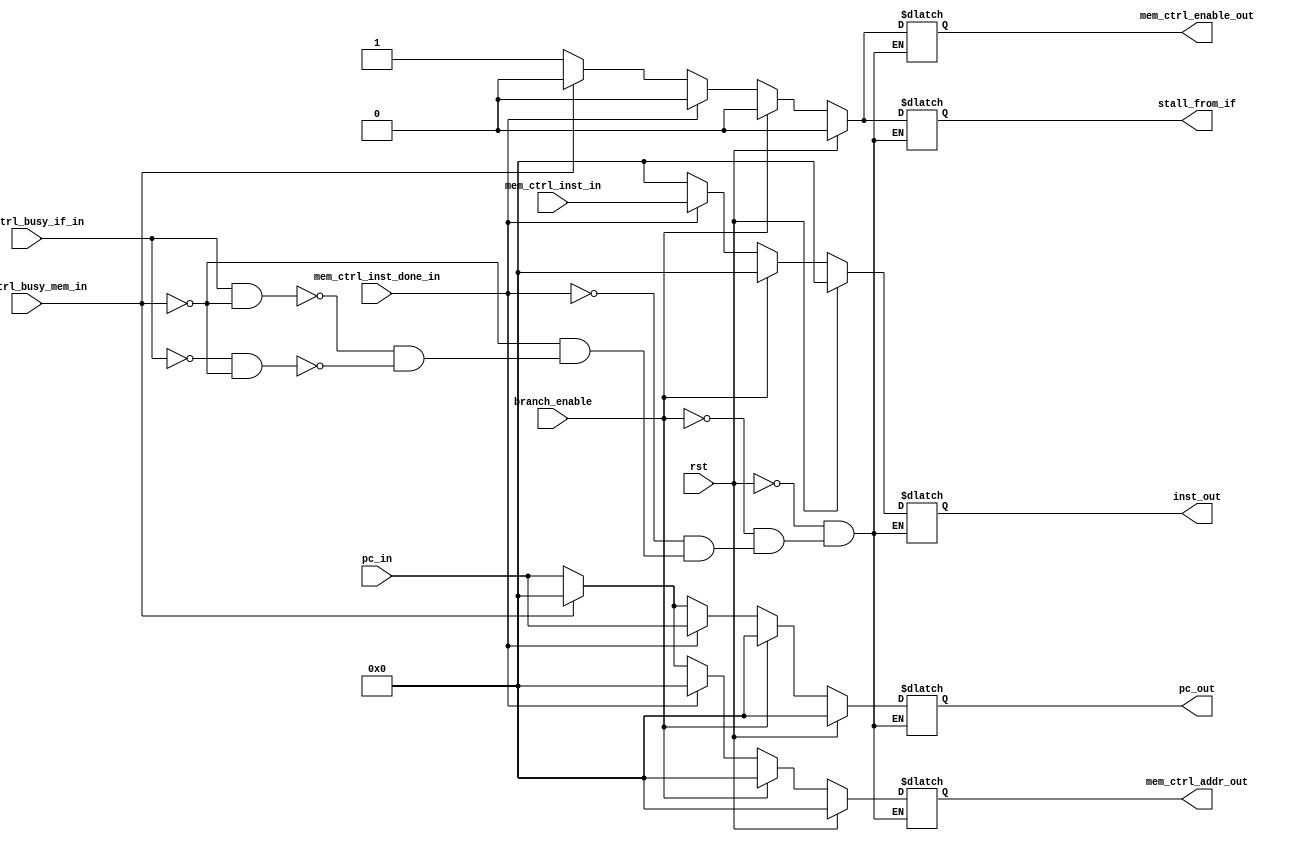
module IF(
    input wire rst,
    input wire [31:0] pc_in,

    input wire [31:0] mem_ctrl_inst_in,
    input wire mem_ctrl_busy_if_in,
    input wire mem_ctrl_busy_mem_in,
    input wire mem_ctrl_inst_done_in,

    input wire branch_enable,
    output reg mem_ctrl_enable_out,
    output reg [31:0] mem_ctrl_addr_out,
    
    output reg stall_from_if,
    output reg [31:0] pc_out,
    output reg [31:0] inst_out
);

// always @(posedge clk) begin
//     pc_out <= pc_in + 4;
// end

always @(*) begin
    if(rst == 1) begin
        stall_from_if <= 0;
        pc_out <= 0;
        inst_out <= 0;
        mem_ctrl_enable_out <= 0;
        mem_ctrl_addr_out <= 0;
    end
    else if(branch_enable) begin
        stall_from_if <= 0;
        pc_out <= 0;
        inst_out <= 0;
        mem_ctrl_enable_out <= 0;
        mem_ctrl_addr_out <= 0;
    end
    else if(mem_ctrl_inst_done_in) begin
        stall_from_if <= 0;
        pc_out <= pc_in;
        inst_out <= mem_ctrl_inst_in;
        mem_ctrl_enable_out <= 0;
        mem_ctrl_addr_out <= 0;
    end
    else if(mem_ctrl_busy_mem_in) begin
        stall_from_if <= 0;
        pc_out <= 0;
        inst_out <= 0;
        mem_ctrl_enable_out <= 0;
        mem_ctrl_addr_out <= 0;
    end
    else if(mem_ctrl_busy_if_in == 1 && mem_ctrl_busy_mem_in == 0) begin
        stall_from_if <= 1;
        pc_out <= pc_in;
        inst_out <= 0;
        mem_ctrl_enable_out <= 1;
        mem_ctrl_addr_out <= pc_in;
    end
    else if(mem_ctrl_busy_if_in == 0 && mem_ctrl_busy_mem_in == 0) begin
        stall_from_if <= 1;
        pc_out <= pc_in;
        inst_out <= 0;
        mem_ctrl_enable_out <= 1;
        mem_ctrl_addr_out <= pc_in;
    end
end

endmodule